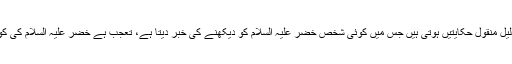
چوتھی دلیل: ان کو زندہ ماننے والوں کی زیادہ سے زیادہ دلیل منقول حکایتیں ہوتی ہیں جس میں کوئی شخص خضر علیہ السلام کو دیکھنے کی خبر دیتا ہے، تعجب ہے خضر علیہ السلام کی کوئی علامت ہے جس سے دیکھنے والا اسے پہچان لیتا ہے۔